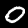
Label: 0